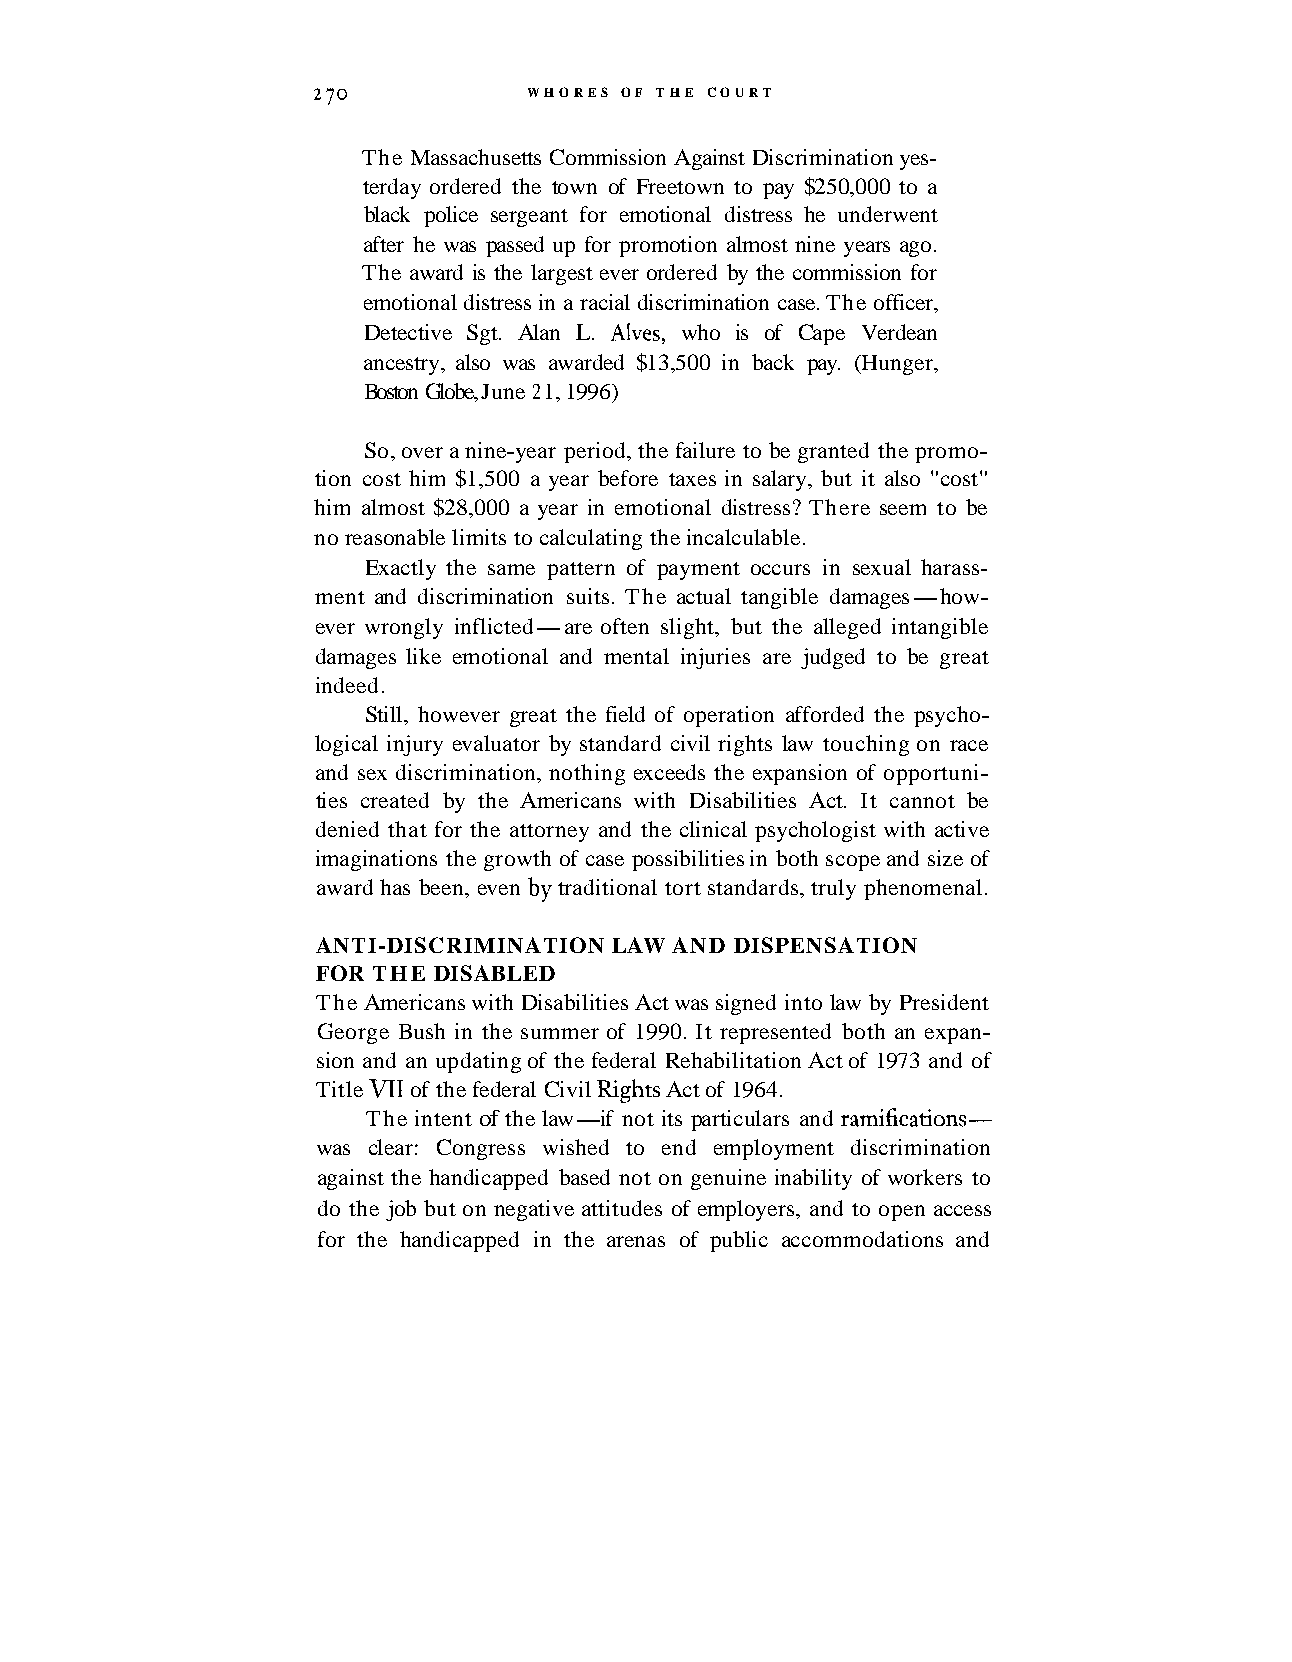
2 70          WHORES OF THE COURT
 The Massachusetts Commission Against Discrimination yes-
 terday ordered the town of Freetown to pay $250,000 to a
 black police sergeant for emotional distress he underwent
 after he was passed up for promotion almost nine years ago.
 The award is the largest ever ordered by the commission for
 emotional distress in a racial discrimination case. The officer,
 Detective Sgt. Alan L. Alves, who is of Cape Verdean
 ancestry, also was awarded $13,500 in back pay. (Hunger,
 Boston Globe, June 2 1, 1996)
 So, over a nine-year period, the failure to be granted the promo-
 tion cost him $1,500 a year before taxes in salary, but it also "cost"
 him almost $28,000 a year in emotional distress? There seem to be
 no reasonable limits to calculating the incalculable.
 Exactly the same pattern of payment occurs in sexual harass-
 ment and discrimination suits. The actual tangible damages-how-
 ever wrongly inflicted-are often slight, but the alleged intangible
 damages like emotional and mental injuries are judged to be great
 indeed.
 Still, however great the field of operation afforded the psycho-
 logical injury evaluator by standard civil rights law touching on race
 and sex discrimination, nothing exceeds the expansion of opportuni-
 ties created by the Americans with Disabilities Act. It cannot be
 denied that for the attorney and the clinical psychologist with active
 imaginations the growth of case possibilities in both scope and size of
 award has been, even by traditional tort standards, truly phenomenal.
 ANTI-DISCRIMINATION LAW AND DISPENSATION
 FOR THE DISABLED
 The Americans with Disabilities Act was signed into law by President
 George Bush in the summer of 1990. It represented both an expan-
 sion and an updating of the federal Rehabilitation Act of 1973 and of
 Title VII of the federal Civil Rights Act of 1964.
 The intent of the law-if not its particulars and ramifications-
 was clear: Congress wished to end employment discrimination
 against the handicapped based not on genuine inability of workers to
 do the job but on negative attitudes of employers, and to open access
 for the handicapped in the arenas of public accommodations and